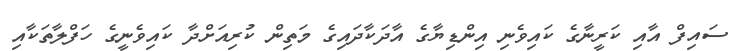
ސައިފް އާއި ކަރީނާގެ ކައިވެނި އިންޑިޔާގެ އާދަކާދައިގެ މަތިން ކުރިއަށްދާ ކައިވެނީގެ ހަފްލާތަކާއި